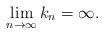
LaTeX: \begin{align*}\lim_{n\rightarrow \infty }k_{n}=\infty . \end{align*}